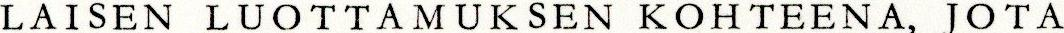
LAISEN LUOTTAMUKSEN KOHTEENA, JOTA